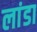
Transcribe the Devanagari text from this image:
लांडा